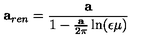
{ \bf a } _ { r e n } = { \frac { \bf a } { 1 - { \frac { \bf a } { 2 \pi } } \ln ( { \epsilon \mu } ) } }